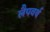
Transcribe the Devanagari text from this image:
लैपवर्थ